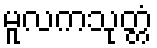
မူလကသုတ္တံ